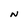
Character: N